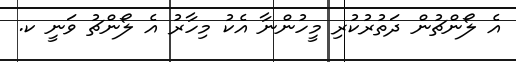
އެ ލޯންޗުން ދަތުރުކުރި މީހުންނާ އެކު މިހާރު އެ ލޯންޗު ވަނީ ކ.